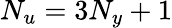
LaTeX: N_{u}=3N_{y}+1